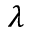
\lambda